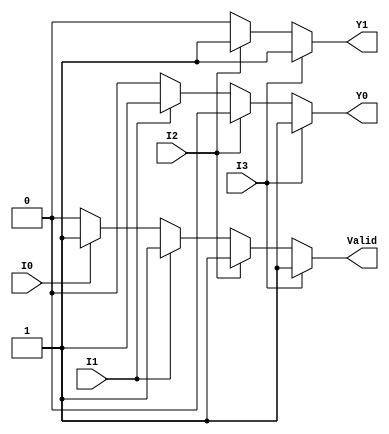
module priority_encoder (
    input wire I0,  // Input 0
    input wire I1,  // Input 1
    input wire I2,  // Input 2
    input wire I3,  // Input 3
    output reg Y1,  // Most significant bit of the output
    output reg Y0,  // Least significant bit of the output
    output reg Valid // Valid signal
);

always @(*) begin
    // Default output values
    Y1 = 1'b0;
    Y0 = 1'b0;
    Valid = 1'b0;

    // Priority encoding logic
    if (I3) begin
        Y1 = 1'b1;
        Y0 = 1'b1;
        Valid = 1'b1;
    end else if (I2) begin
        Y1 = 1'b1;
        Y0 = 1'b0;
        Valid = 1'b1;
    end else if (I1) begin
        Y1 = 1'b0;
        Y0 = 1'b1;
        Valid = 1'b1;
    end else if (I0) begin
        Y1 = 1'b0;
        Y0 = 1'b0;
        Valid = 1'b1;
    end else begin
        // If none of the inputs are active, Valid remains 0
        Valid = 1'b0;
    end
end

endmodule